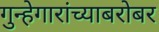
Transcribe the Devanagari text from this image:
गुन्हेगारांच्याबरोबर